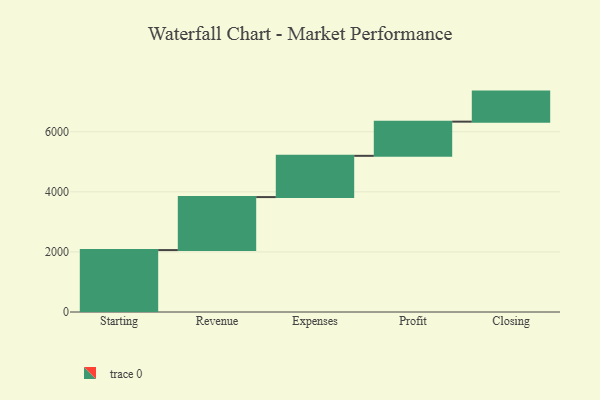
{"axis": {"x": "Step", "y": "Value"}, "legend": [""], "data": [{"x": "Starting", "y": 2061.0, "type": ""}, {"x": "Revenue", "y": 1764.0, "type": ""}, {"x": "Expenses", "y": 1373.0, "type": ""}, {"x": "Profit", "y": 1138.0, "type": ""}, {"x": "Closing", "y": 1000, "type": ""}]}